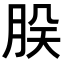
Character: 𬚷